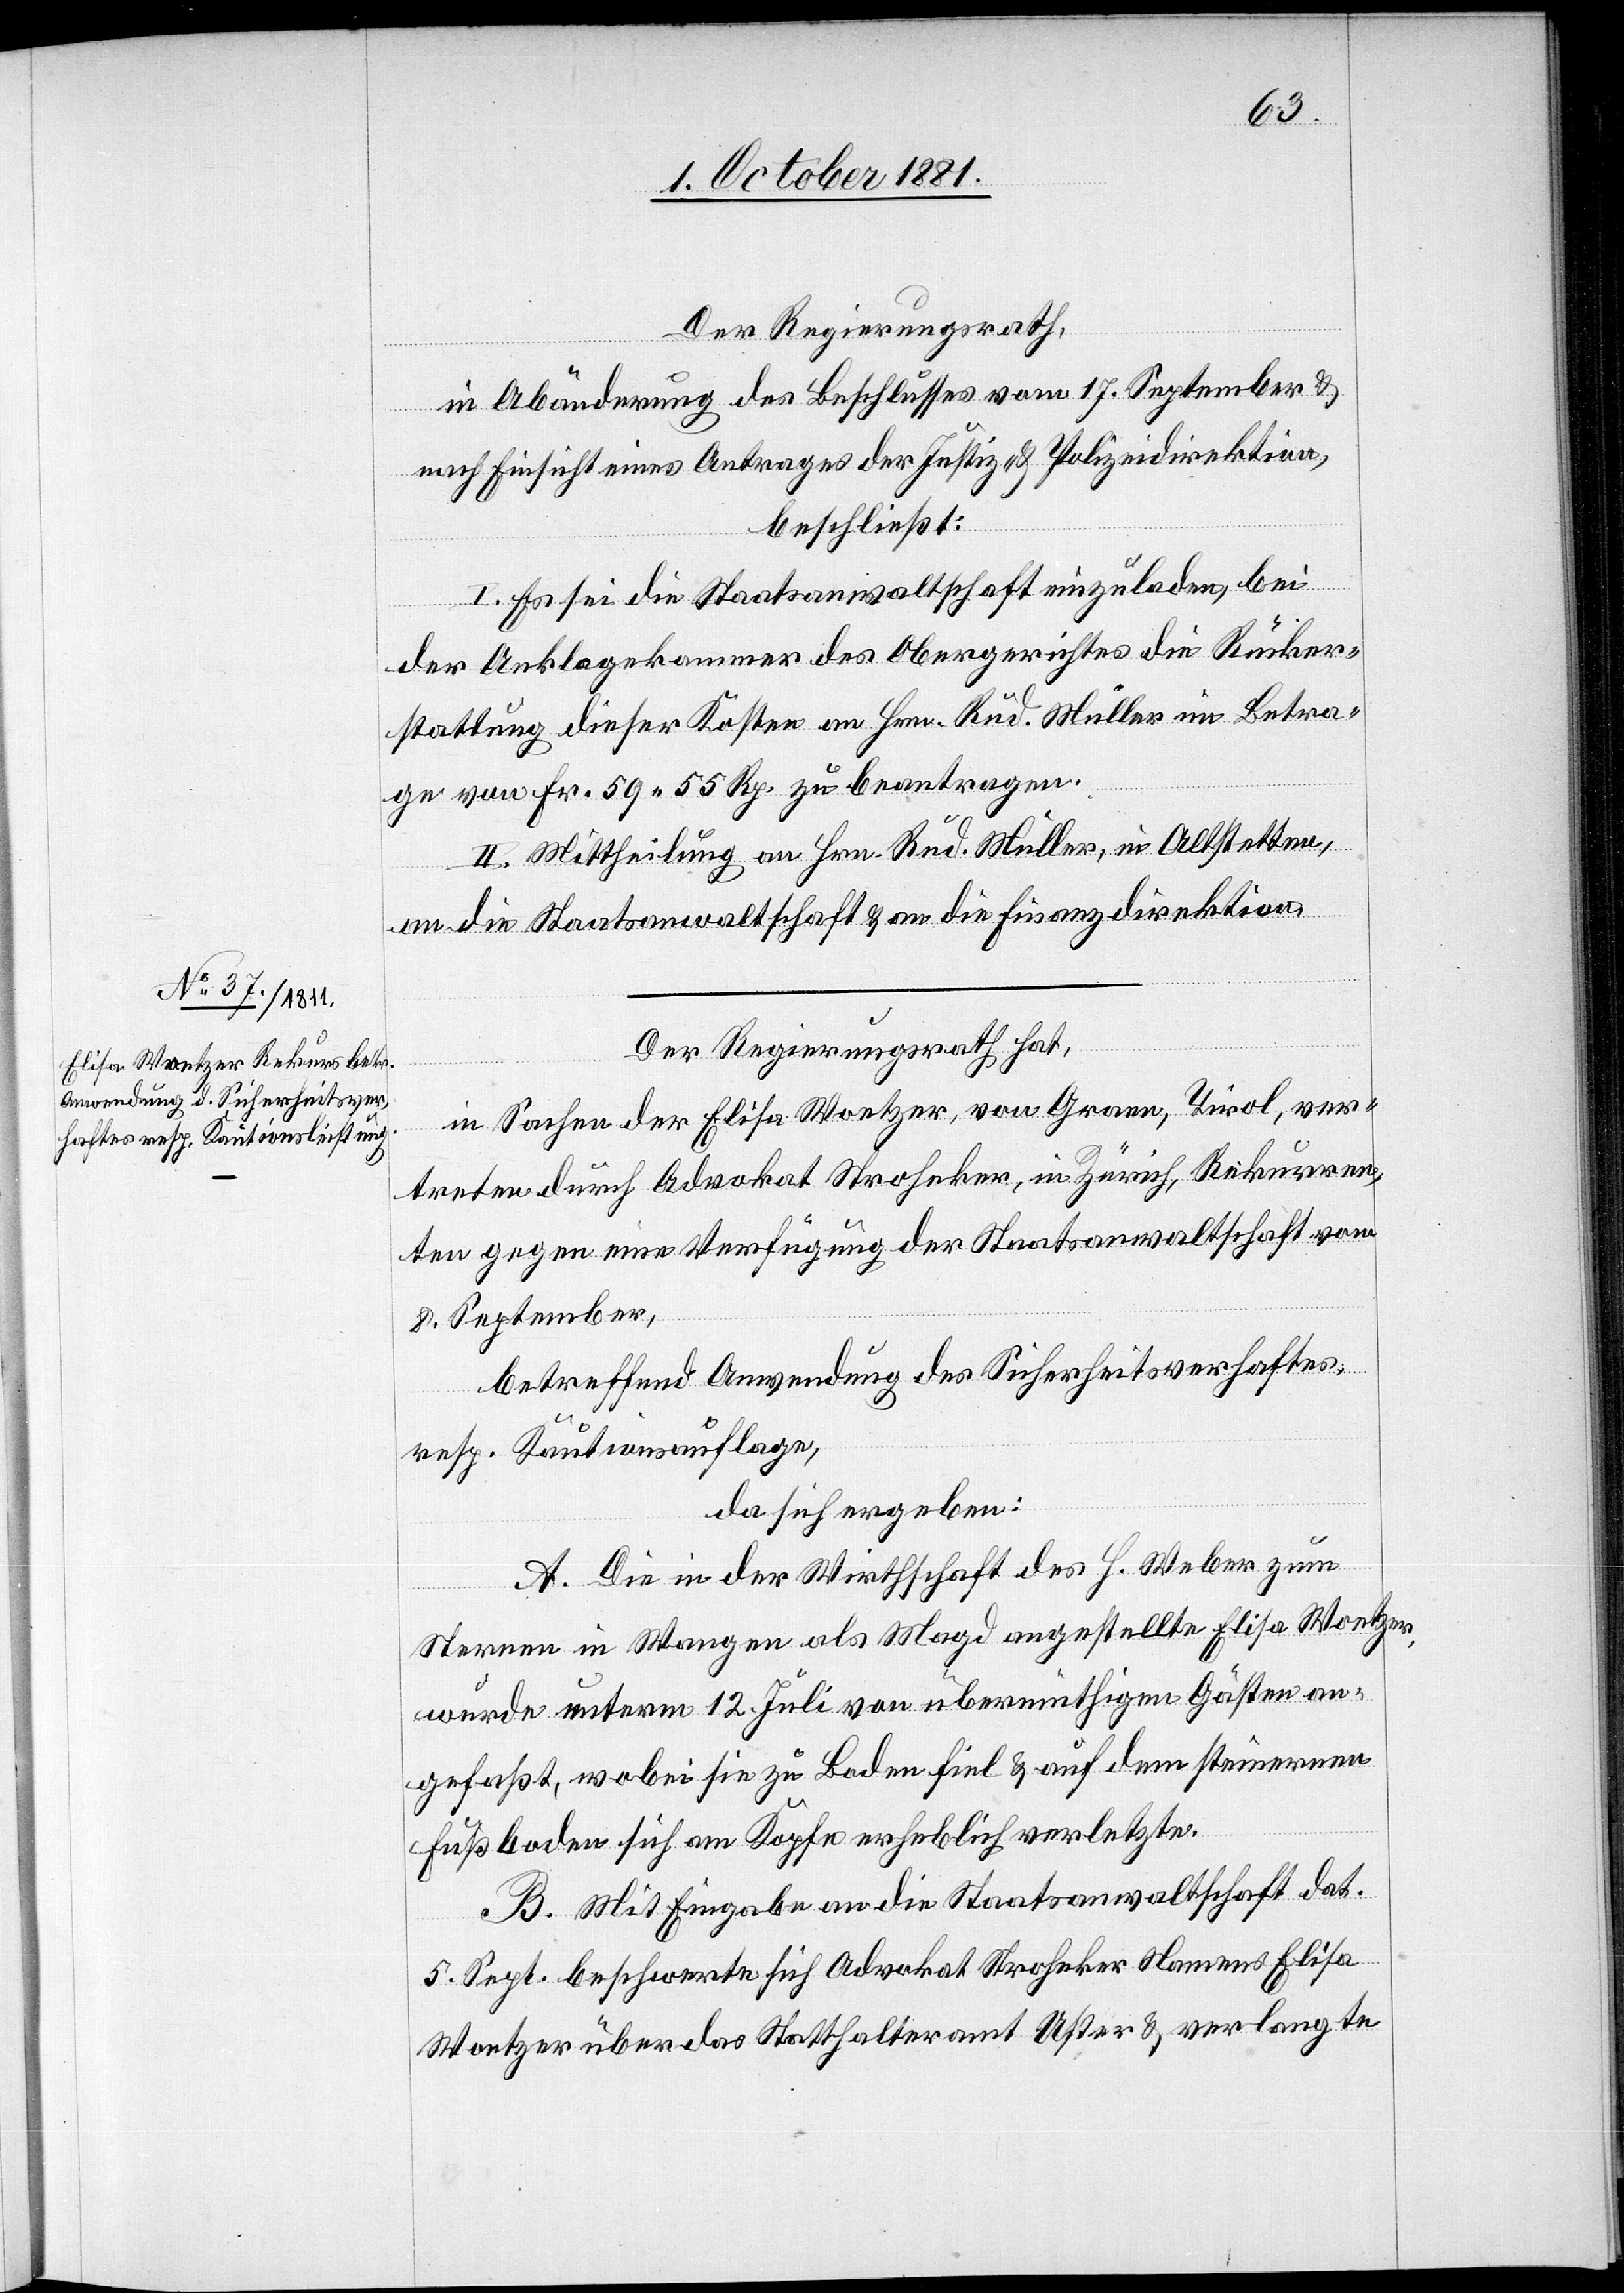
Der Regierungsrath,
in Abänderung des Beschlusses vom 17. September &
nach Einsicht eines Antrages der Justiz- & Polizeidirektion,
beschließt:
I. Es sei die Staatsanwaltschaft einzuladen, bei
der Anklagekammer des Obergerichtes die Rücker¬
stattung dieser Kosten an Hrn. Rud. Müller im Betra¬
ge von Fr. 59 55 Rp. zu beantragen.
II. Mitteilung an Hrn. Rud. Müller, in Altstetten,
an die Staatsanwaltschaft & an die Finanzdirektion.
Der Regierungsrath hat,
in Sachen der Elisa Woetzer, von Graen, Tirol, ver¬
treten durch Advokat Stroheker, in Zürich, Rekurren¬
ten gegen eine Verfügung der Staatsanwaltschaft vom
8. September,
betreffen Anwendung der Sicherheitsverhaftens,
resp. Kautionsauflage,
da sich ergeben:
A. Die in der Wirthschaft des H. Weber zum
Sternen in Wangen als Magd angestellte Elisa Woetzer,
wurde unterm 12. Juli von übermüthigen Gästen an¬
gefaßt, wobei sie zu Boden fiel & auf dem steinernen
Fußboden sich am Kopfe erheblich verletzte.
B. Mit Eingabe an die Staatsanwaltschaft dat.
5. Sept. beschwerte sich Advokat Stroheker Namens Elisa
Woetzer über das Statthalteramt Uster & verlangte